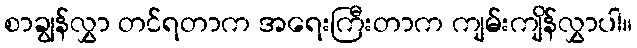
စာချွန်လွှာ တင်ရတာက အရေးကြီးတာက ကျမ်းကျိန်လွှာပါ။